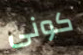
كونى